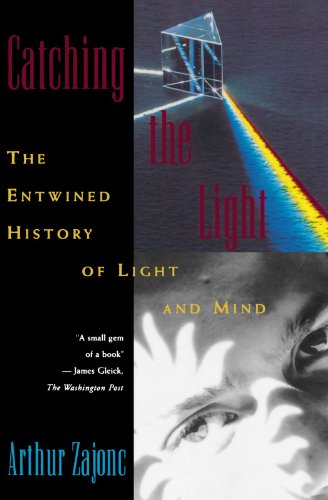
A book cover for Catching the Light: The Entwined History of Light and Mind; Arthur Zajonc; Science & Math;